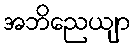
အဘိညေယျာ